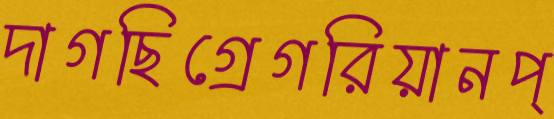
দাগছিগ্রেগরিয়ানপ্